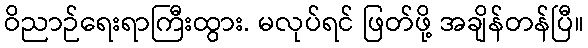
ဝိညာဉ်ရေးရာကြီးထွား. မလုပ်ရင် ဖြတ်ဖို့ အချိန်တန်ပြီ။